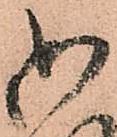
御